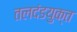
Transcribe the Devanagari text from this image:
तलदंडयुक्त